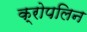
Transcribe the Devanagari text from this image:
क्रोपलिन